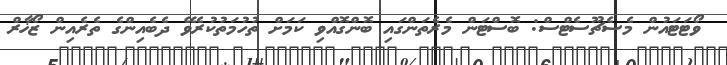
ވޯޓަޓައުން މެސެޗޫސެޓްސް: ބޮސްޓަން މެރެތަންގައި ބޮންގޮއްވި ކަމަށް ތުހުމަތުކުރެވޭ ދެބެއިންގެ ތެރެއިން ޒޯޚާރް